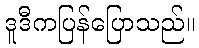
ဒူဒီကပြန်ပြောသည်။